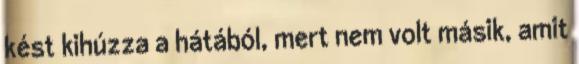
kést kihúzza a hátából, mert nem volt másik, amit